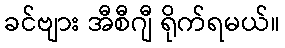
ခင်ဗျား အီစီဂျီ ရိုက်ရမယ်။